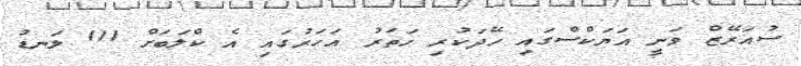
ސުއަރޭޒް ވަނީ އަޔަކްސްގައި ހޭދަކުރި ހަތަރު އަހަރުގައި އެ ކްލަބަށް 111 ލަނޑު